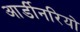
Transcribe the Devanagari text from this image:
आर्डीनरियो